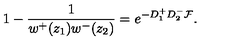
1 - \frac 1 { w ^ { + } ( z _ { 1 } ) w ^ { - } ( z _ { 2 } ) } = e ^ { - D _ { 1 } ^ { + } D _ { 2 } ^ { - } { \cal F } } .